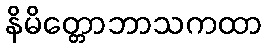
နိမိတ္တောဘာသကထာ